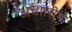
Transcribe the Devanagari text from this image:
अधालीन